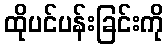
ထိုပင်ပန်းခြင်းကို